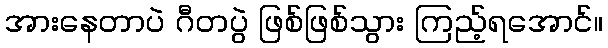
အားနေတာပဲ ဂီတပွဲ ဖြစ်ဖြစ်သွား ကြည့်ရအောင်။